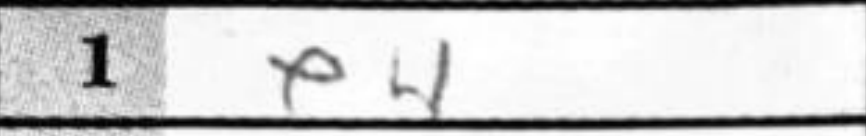
Transcription: e4